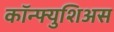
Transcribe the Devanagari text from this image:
कॉन्फ्युशिअस